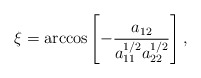
\begin{align*}\xi = \arccos\left[-\frac{a_{12}}{a_{11}^{1/2}a_{22}^{1/2}}\right],\end{align*}